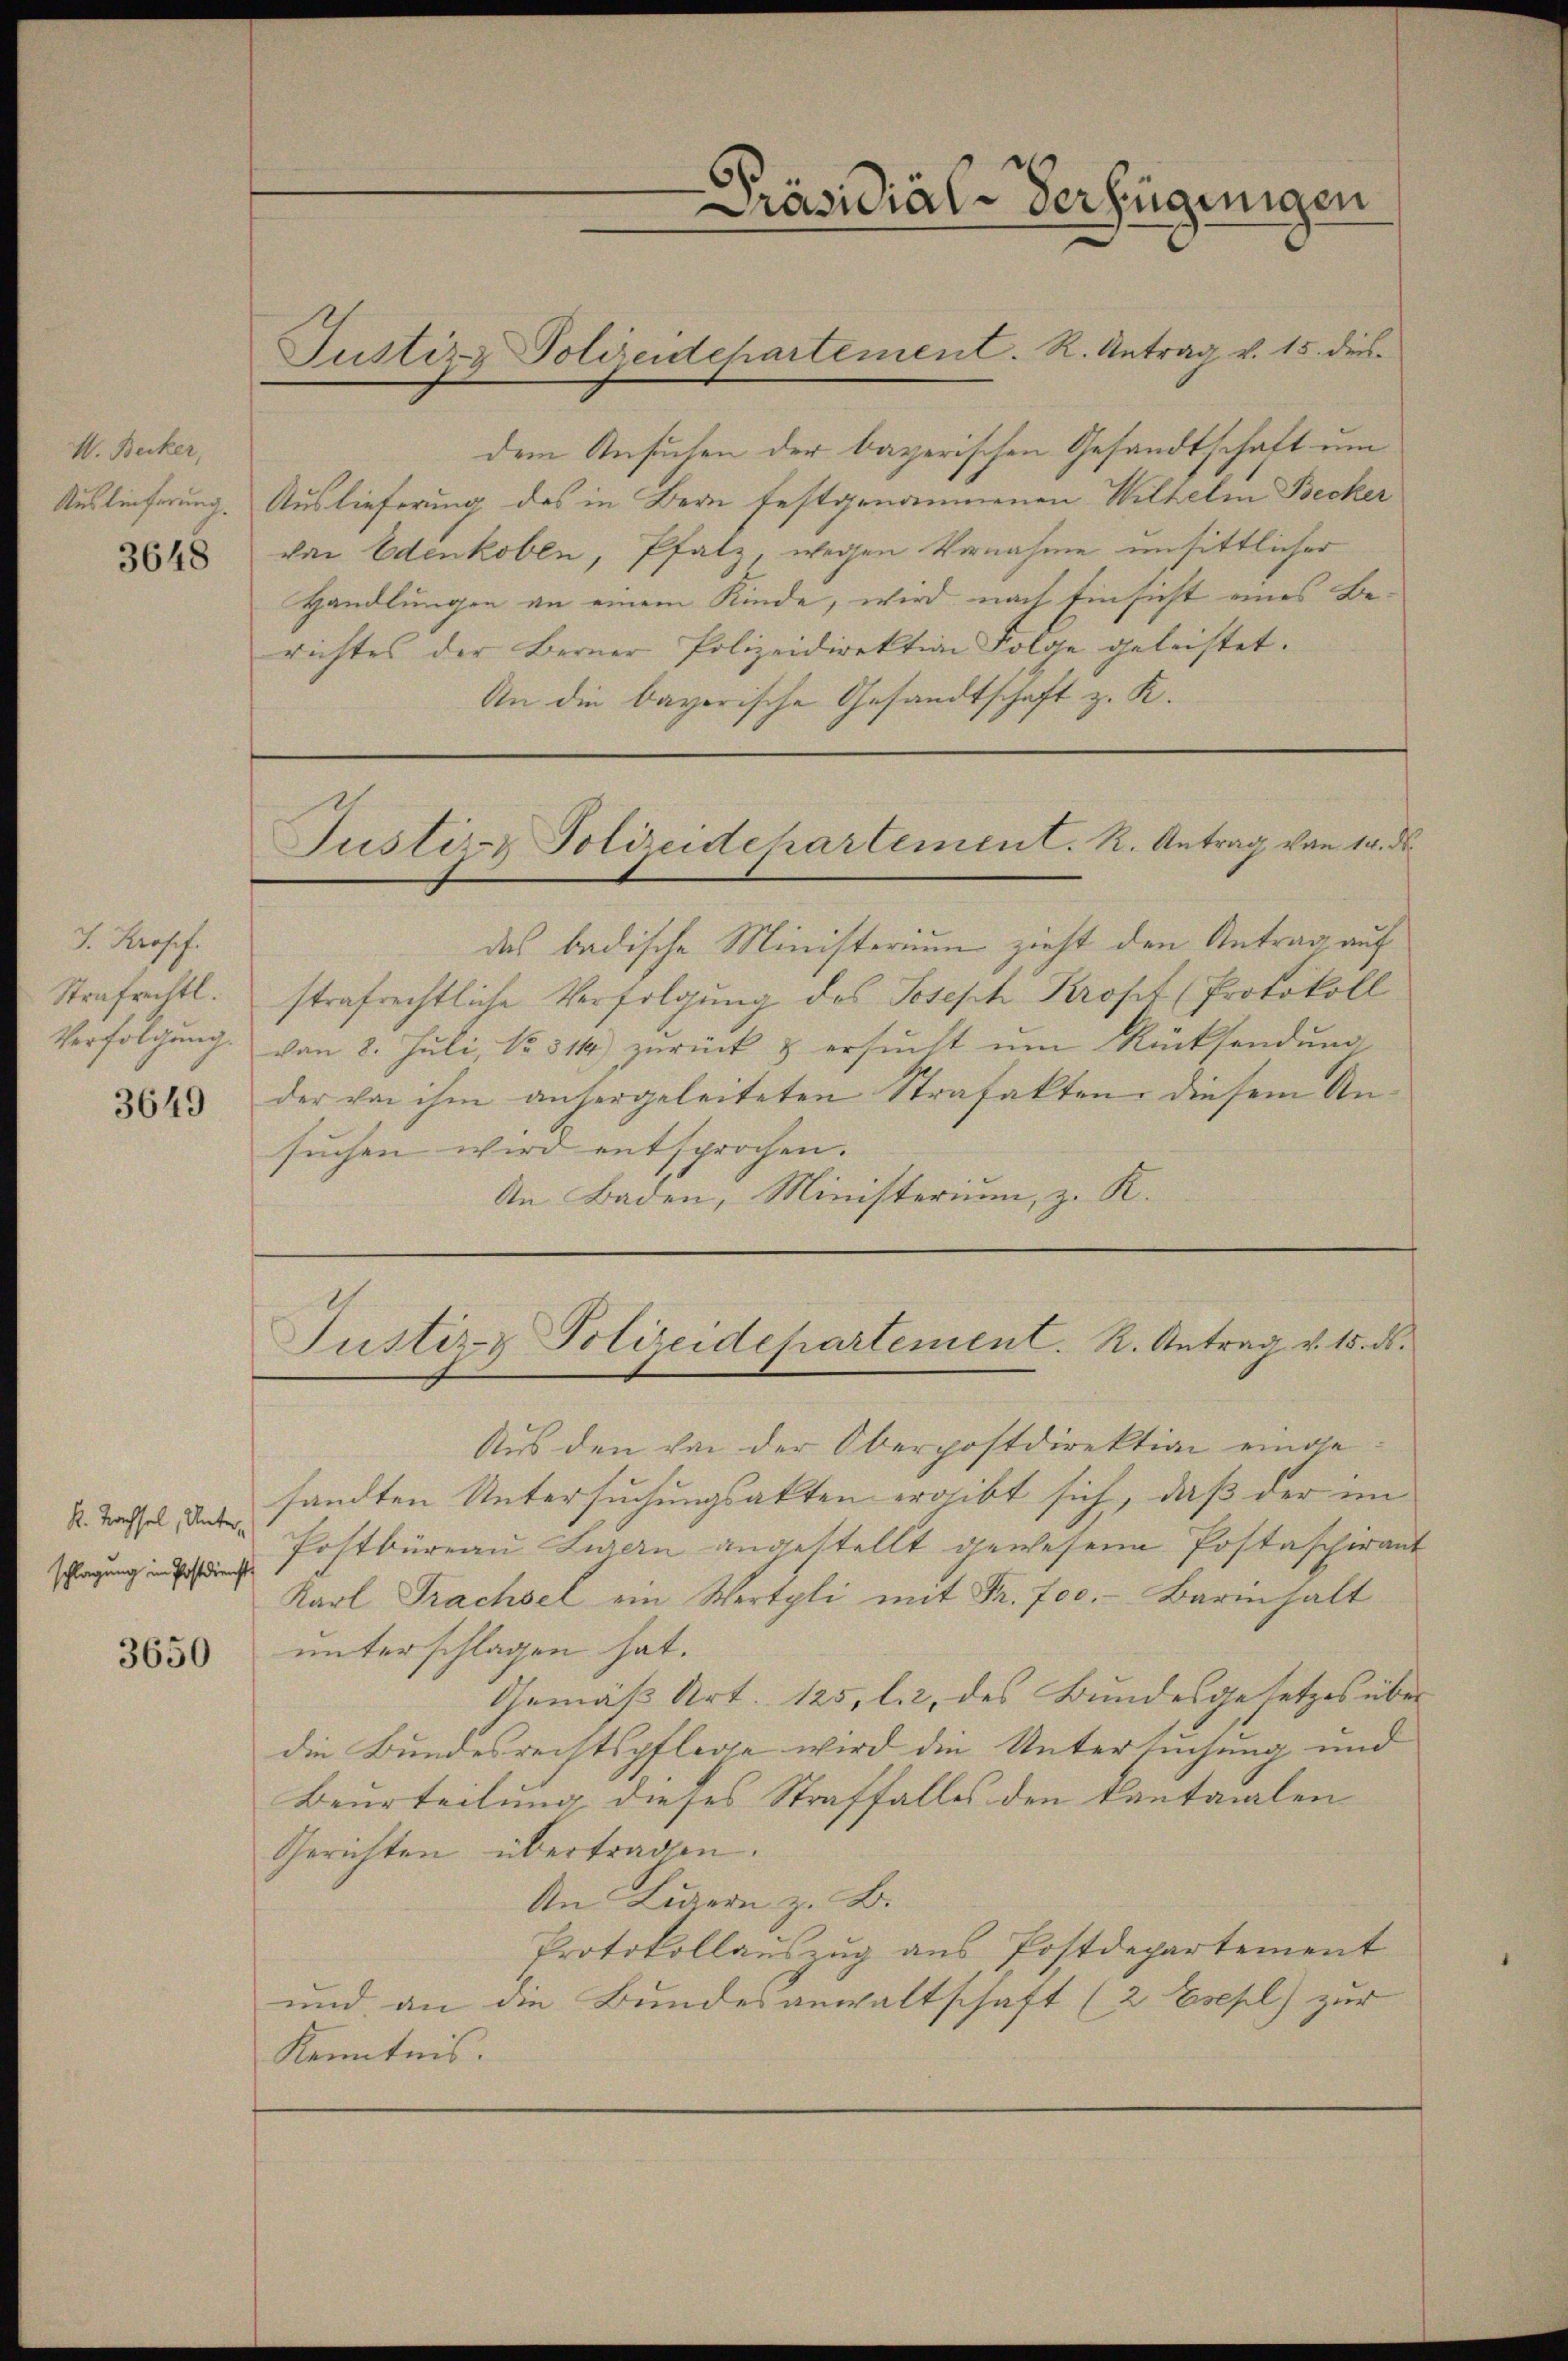
M. Becker,
Auslieferung
3648

7. Prosef.
Strafrechtl.
Verfolgung.

3649

k. Nachsel, Unter
schlagung im Postdienst

3650

Präsidial-Verfügungen

dem Ansuchen der bayerischen Gesandtschaft um
Auslieferung des in Bern festgenommenen Wilhelm Becker
der Edenkoben, Pfalz, wegen Vornahme unsittlicher
Handlungen an einem Kinde, wird nach Einsicht eines Berichtes der Berner Polizeidirektion Folge geleistet.
An die bayerische Gesandtschaft z. K.

das badische Ministerium zieht den Antrag auf
strafrechtliche Verfolgung des Joseph Kropt (Protokoll
von 8. Juli, No. 314) zŭrück & ersŭcht ŭm Rücksendŭng
der von ihm anhergeleiteten Strafakten, diesem Ansuchen wird entsprochen.
An Baden, Ministerium, z. K.

Aus den von der Oberpostdirektion einge
sandten Untersuchungsakten ergibt sich, daß der im
Postbüreau Luzern angestellt gewesene Postascherant
Karl Trachsel ein Wertpli mit Fr. Jac. Barinhalt
unterschlagen hat.
Gemäß Art. 125, l. 2. des Bundesgesetzes über
die Bundesrechtspflege wird die Untersuchung und
Beurteilung dieses Straffalles den kantonalen
Gerichten übertragen.
An Luzern z. B.
Protokollauszug aus Postdepartement
und an die Bundesanwaltschaft (2 Esepl) zur
Kenntnis.

Justiz- Polizeidepartement. R. Antrag v. 15. dies

Justiz- & Polizeidehartement. K. Antrag von 10. d

Justiz- Polizeidepartement. K. Antrag v. 15. ds.